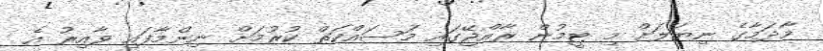
މާދަމާގެ ނިޔަލަށް މި ޓީމުން ރާއްޖޭގައި މަސައްކަތް ކުރުމަށް ނިންމާފައި ވާއިރު އެ